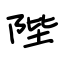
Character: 陛